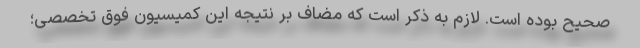
صحیح بوده است. لازم به ذکر است که مضاف بر نتیجه این کمیسیون فوق تخصصی؛